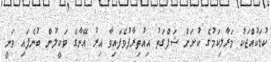
ކުޑަކުއްޖަކު މަރާލިކަމުގެ ކުށަށް ޝަފްގަތު އިއުތިރާފުވެފައިވާ އިރު އޭނާގެ ވަކީލުން ބުނެފައި ވަނީ